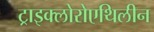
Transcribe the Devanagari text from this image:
ट्राइक्लोरोएथिलीन